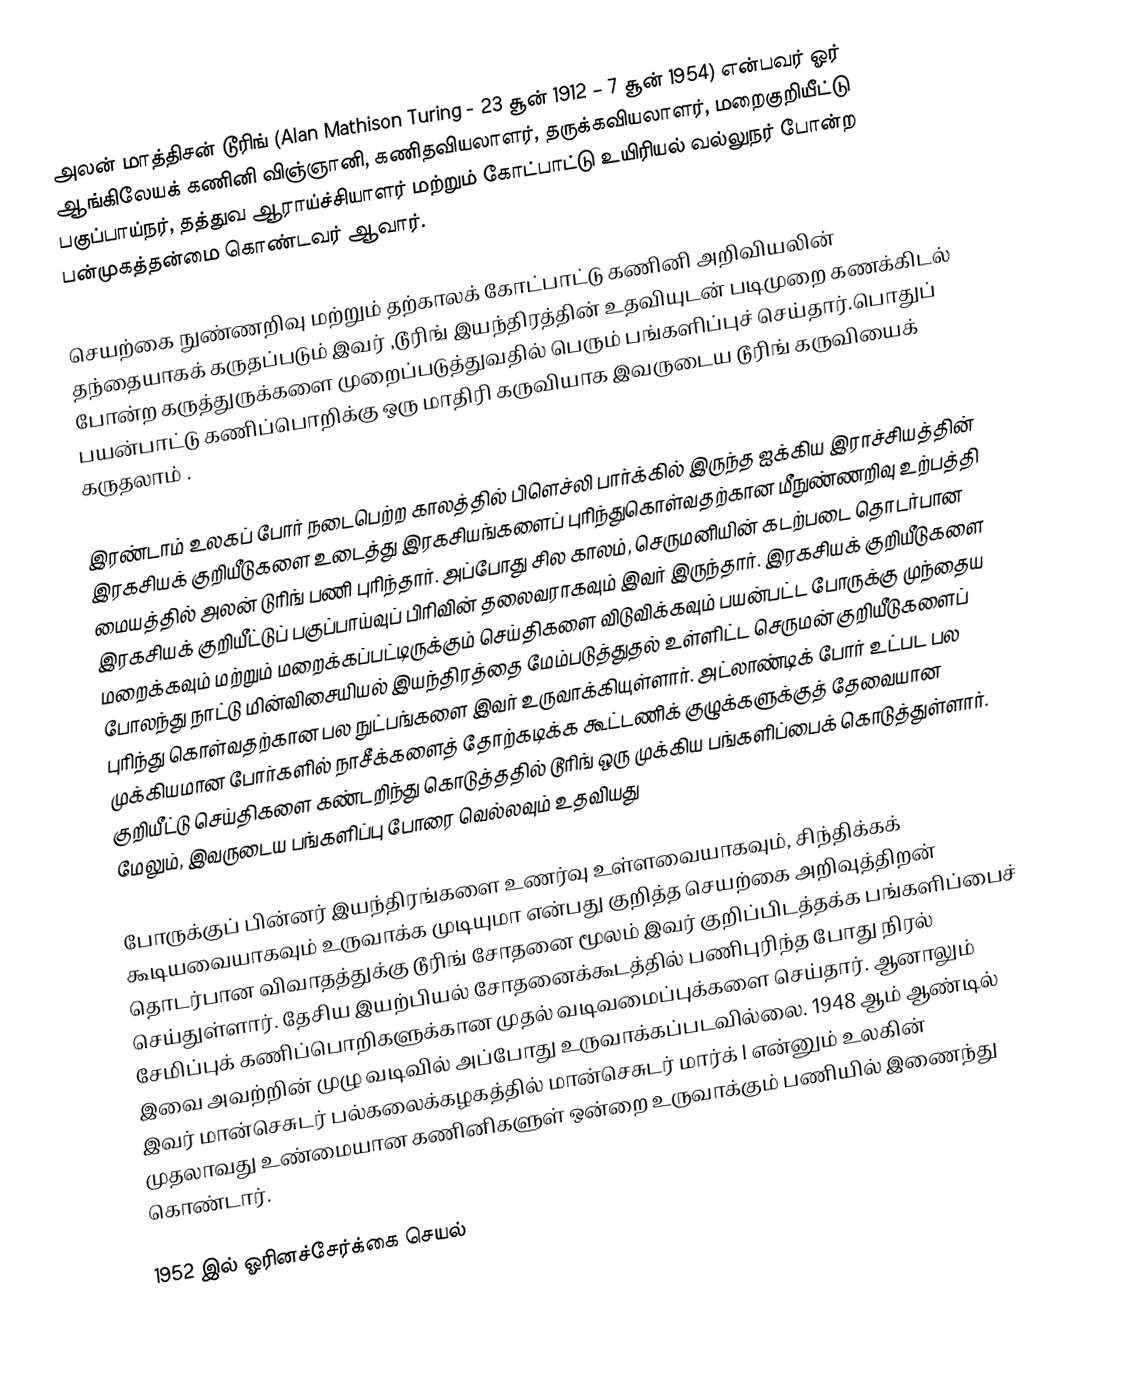
அலன் மாத்திசன் டூரிங் (Alan Mathison Turing - 23 சூன் 1912 – 7 சூன் 1954) என்பவர் ஓர் ஆங்கிலேயக் கணினி விஞ்ஞானி, கணிதவியலாளர், தருக்கவியலாளர், மறைகுறியீட்டு பகுப்பாய்நர், தத்துவ ஆராய்ச்சியாளர் மற்றும் கோட்பாட்டு உயிரியல் வல்லுநர் போன்ற பன்முகத்தன்மை கொண்டவர் ஆவார்.

செயற்கை நுண்ணறிவு மற்றும் தற்காலக் கோட்பாட்டு கணினி அறிவியலின் தந்தையாகக் கருதப்படும் இவர் ,டூரிங் இயந்திரத்தின் உதவியுடன் படிமுறை கணக்கிடல் போன்ற கருத்துருக்களை முறைப்படுத்துவதில் பெரும் பங்களிப்புச் செய்தார்.பொதுப் பயன்பாட்டு கணிப்பொறிக்கு ஒரு மாதிரி கருவியாக இவருடைய டூரிங் கருவியைக் கருதலாம் .

இரண்டாம் உலகப் போர்  நடைபெற்ற காலத்தில் பிளெச்லி பார்க்கில் இருந்த ஐக்கிய இராச்சியத்தின்  இரகசியக் குறியீடுகளை உடைத்து இரகசியங்களைப் புரிந்துகொள்வதற்கான மீநுண்ணறிவு உற்பத்தி மையத்தில் அலன் டுரிங் பணி புரிந்தார். அப்போது சில காலம், செருமனியின் கடற்படை தொடர்பான இரகசியக் குறியீட்டுப் பகுப்பாய்வுப் பிரிவின் தலைவராகவும் இவர் இருந்தார். இரகசியக் குறியீடுகளை மறைக்கவும் மற்றும் மறைக்கப்பட்டிருக்கும் செய்திகளை விடுவிக்கவும் பயன்பட்ட போருக்கு முந்தைய போலந்து நாட்டு  மின்விசையியல் இயந்திரத்தை மேம்படுத்துதல் உள்ளிட்ட செருமன் குறியீடுகளைப் புரிந்து கொள்வதற்கான பல நுட்பங்களை இவர் உருவாக்கியுள்ளார். அட்லாண்டிக் போர் உட்பட பல முக்கியமான போர்களில் நாசீக்களைத் தோற்கடிக்க கூட்டணிக் குழுக்களுக்குத் தேவையான குறியீட்டு செய்திகளை கண்டறிந்து கொடுத்ததில் டூரிங் ஒரு முக்கிய பங்களிப்பைக் கொடுத்துள்ளார். மேலும், இவருடைய பங்களிப்பு போரை வெல்லவும் உதவியது

போருக்குப் பின்னர் இயந்திரங்களை உணர்வு உள்ளவையாகவும், சிந்திக்கக் கூடியவையாகவும் உருவாக்க முடியுமா என்பது குறித்த செயற்கை அறிவுத்திறன் தொடர்பான விவாதத்துக்கு டூரிங் சோதனை மூலம் இவர் குறிப்பிடத்தக்க பங்களிப்பைச் செய்துள்ளார். தேசிய இயற்பியல் சோதனைக்கூடத்தில் பணிபுரிந்த போது நிரல் சேமிப்புக் கணிப்பொறிகளுக்கான முதல் வடிவமைப்புக்களை செய்தார். ஆனாலும் இவை அவற்றின் முழு வடிவில் அப்போது உருவாக்கப்படவில்லை. 1948 ஆம் ஆண்டில் இவர் மான்செசுடர் பல்கலைக்கழகத்தில்  மான்செசுடர் மார்க் I என்னும் உலகின் முதலாவது உண்மையான கணினிகளுள் ஒன்றை உருவாக்கும் பணியில் இணைந்து கொண்டார்.

1952 இல் ஓரினச்சேர்க்கை செயல்